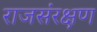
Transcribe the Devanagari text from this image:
राजसंरक्षण